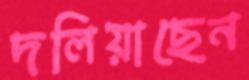
দলিয়াছেন